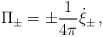
\begin{align*}\Pi_\pm = \pm {1\over 4\pi} \dot{\xi}_\pm\,,\end{align*}